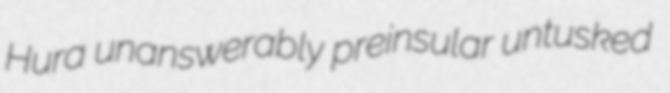
Hura unanswerably preinsular untusked